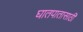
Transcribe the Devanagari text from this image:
घातपातासाठी